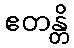
ဧတန္တိ